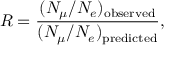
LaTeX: R = \frac { ( N _ { \mu } / N _ { e } ) _ { \mathrm { o b s e r v e d } } } { ( N _ { \mu } / N _ { e } ) _ { \mathrm { p r e d i c t e d } } } ,